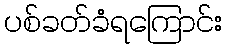
ပစ်ခတ်ခံရကြောင်း